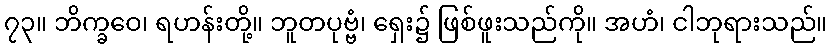
၇၃။ ဘိက္ခဝေ၊ ရဟန်းတို့။ ဘူတပုဗ္ဗံ၊ ရှေး၌ ဖြစ်ဖူးသည်ကို။ အဟံ၊ ငါဘုရားသည်။